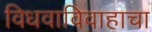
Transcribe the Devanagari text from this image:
विधवाविवाहाचा